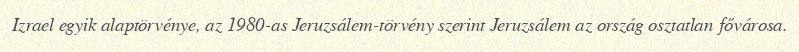
Izrael egyik alaptörvénye, az 1980-as Jeruzsálem-törvény szerint Jeruzsálem az ország osztatlan fővárosa.